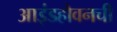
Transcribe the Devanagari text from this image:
आइंडहोवनची